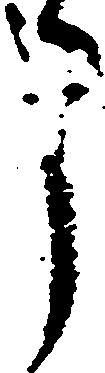
申